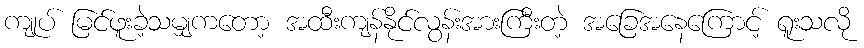
ကျုပ် မြင်ဖူးခဲ့သမျှကတော့ အထီးကျန်နိုင်လွန်းအားကြီးတဲ့ အခြေအနေကြောင့် ရူးသလို